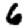
Digit: 6